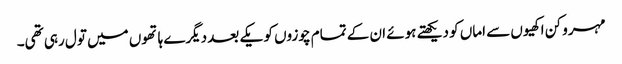
مہرو کن اکھیوں سے اماں کو دیکھتے ہوئے ان کے تمام چوزوں کو یکے بعد دیگرے ہاتھوں میں تول رہی تھی۔